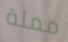
مملة